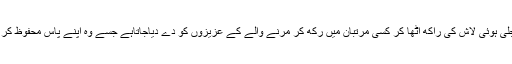
اور پھر جلی ہوئی لاش کی راکھ اٹھا کر کسی مرتبان میں رکھ کر مرنے والے کے عزیزوں کو دے دیاجاتاہے جسے وہ اپنے پاس محفوظ کر لیتے ہیں۔